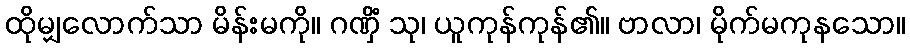
ထိုမျှလောက်သာ မိန်းမကို။ ဂဏှိံ သု၊ ယူကုန်ကုန်၏။ ဗာလာ၊ မိုက်မကုနသော။